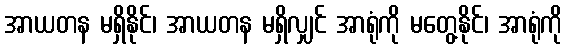
အာယတန မရှိနိုင်၊ အာယတန မရှိလျှင် အာရုံကို မတွေ့နိုင်၊ အာရုံကို